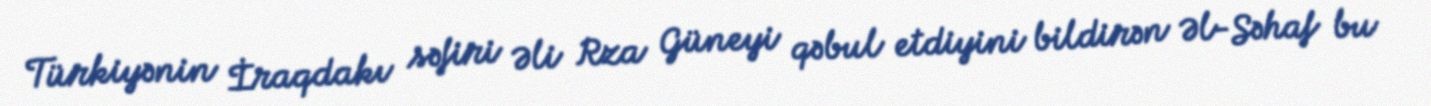
Türkiyənin İraqdakı səfiri Əli Rza Güneyi qəbul etdiyini bildirən Əl-Səhaf bu